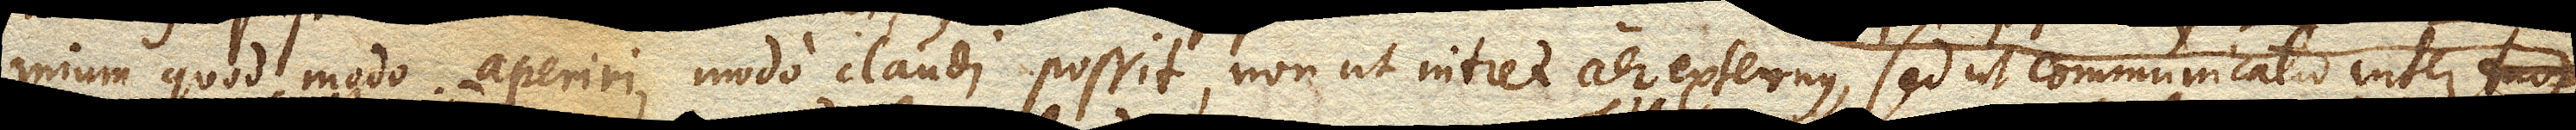
mium quod modo aperiri, modo claudi possit, non ut intret aer externus, sed ut communicatio inter duas